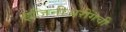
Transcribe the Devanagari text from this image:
इंजिनीअरींगची